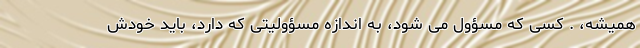
همیشه، . کسی که مسؤول می شود، به اندازه مسؤولیتی که دارد، باید خودش